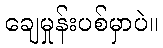
ချေမှုန်းပစ်မှာပဲ။